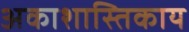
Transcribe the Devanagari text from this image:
अकाशास्तिकाय